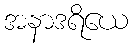
အနာဒရိယေ